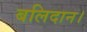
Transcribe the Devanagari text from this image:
बलिदान।